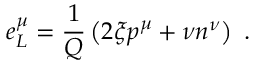
e _ { L } ^ { \mu } = \frac { 1 } { Q } \left( 2 \xi p ^ { \mu } + \nu n ^ { \nu } \right) \ .